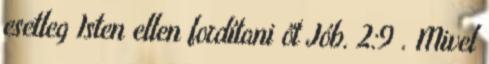
esetleg Isten ellen fordítani őt Jób. 2:9 . Mivel